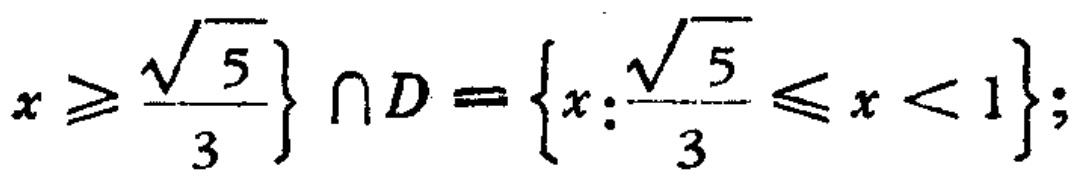
$x\geqslant\frac{\sqrt{5}}{3}\}\cap D = \{x:\frac{\sqrt{5}}{3}\leqslant x < 1\};$